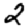
Digit: 2